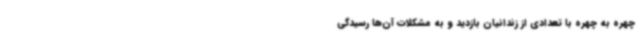
چهره به چهره با تعدادی از زندانیان بازدید و به مشکلات آن‌ها رسیدگی